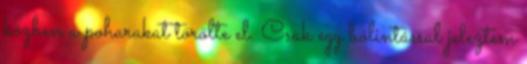
közben a poharakat törölte el. Csak egy bólintással jeleztem